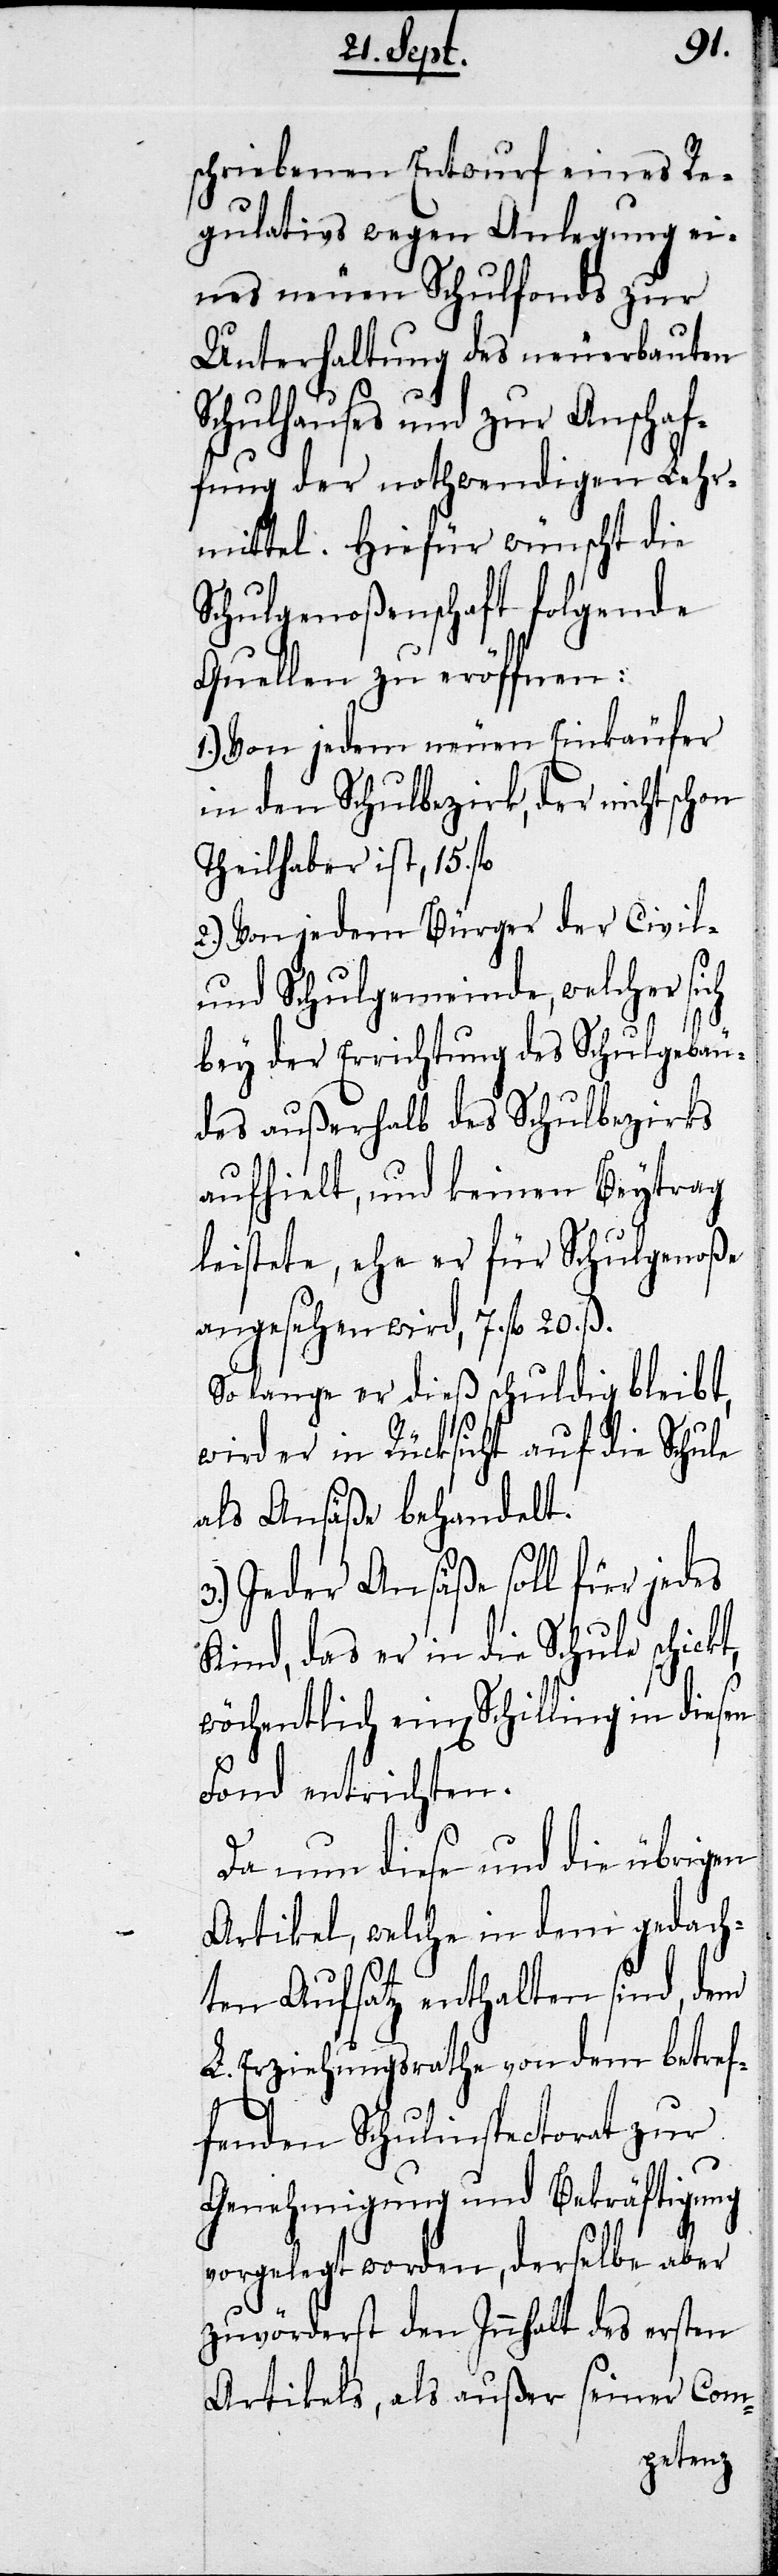
schriebenen Entwurf eines Re¬
gulativs wegen Anlegung ei¬
nes neuen Schulfonds zur
Unterhaltung des neuerbauten
Schulhauses und zur Anschaf¬
fung der nothwendigen Lehr¬
mittel. Hiefür wünscht die
Schulgenoßenschaft folgende
Quellen zu eröffnen:
Von jedem neuen Einkäufer
in den Schulbezirk, der nicht schon
Theilhaber ist, 15. fl.
2.) Von jedem Bürger der Civil-
und Schulgemeinde, welcher sich
bey der Errichtung des Schulgebäu¬
des außerhalb des Schulbezirks
aufhielt, und keinen Beytrag
leistete, ehe er für Schulgenoße
angesehen wird, 7. fl 20. ß.
Solange er dieß schuldig bleibt,
wird er in Rücksicht auf die Schule
als Ansäße behandelt.
3.) Jeder Ansäße soll für jedes
Kind, das er in die Schule schickt,
wöchentlich einen Schilling in diesen
Fond entrichten.
Da nun diese und die übrigen
Artikel, welche in dem gedach¬
ten Aufsatz enthalten sind, dem
L. Erziehungsrathe von dem betref¬
fenden Schulinspectorat zur
Genehmigung und Bekräftigung
vorgelegt worden, derselbe aber
zuvörderst den Innhalt des ersten
Artikels, als außer seiner Com-